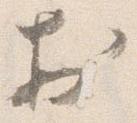
於